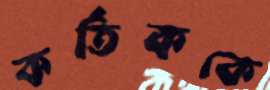
কর্তিককে